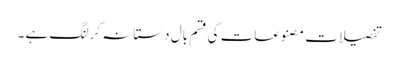
تفصیلات مصنوعات کی قسم بال دستانہ کرلنگ ہے ۔